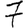
Digit: 7